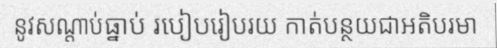
នូវសណ្តាប់ធ្នាប់ របៀបរៀបរយ កាត់បន្ថយជាអតិបរមា